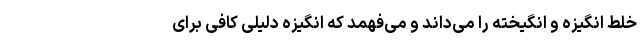
خلط انگیزه و انگیخته را می‌داند و می‌فهمد که انگیزه دلیلی کافی برای